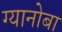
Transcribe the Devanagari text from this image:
ग्यानोबा